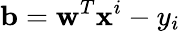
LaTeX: \mathbf{b}=\mathbf{w}^{T}\mathbf{x}^{i}-y_{i}